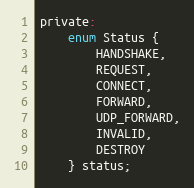
Language: C
private:
    enum Status {
        HANDSHAKE,
        REQUEST,
        CONNECT,
        FORWARD,
        UDP_FORWARD,
        INVALID,
        DESTROY
    } status;